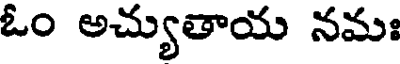
ఓం అచ్యుతాయ నమః